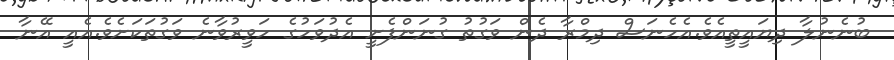
ބުނެނުލާ ދިޔައީތީއެވެ.އެހެނަސް ދިމްރާ ދެން ވަގުތު ގުނަންފެށީ އެދުވަހުގެ ހަވީރުވާނެ ވަގުތަކަށެވެ.އެއީ އޭނާ